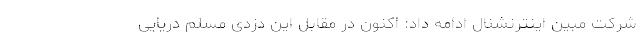
شرکت مبین اینترنشنال ادامه داد: اکنون در مقابل این دزدی مسلم دریایی